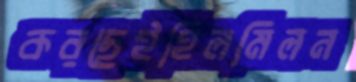
করছেইহিলমিলন